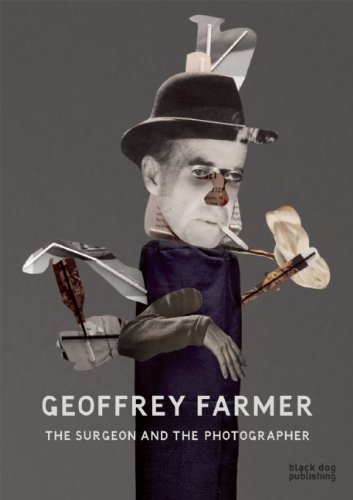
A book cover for The Surgeon and the Photographer; Geoffrey Farmer; Arts & Photography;